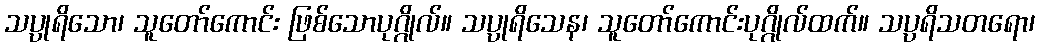
သပ္ပုရိသော၊ သူတော်ကောင်း ဖြစ်သောပုဂ္ဂိုလ်။ သပ္ပုရိသေန၊ သူတော်ကောင်းပုဂ္ဂိုလ်ထက်။ သပ္ပရိသတရော၊